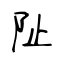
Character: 阯